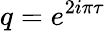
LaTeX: q=e^{2i\pi\tau}